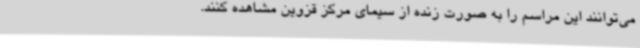
می‌توانند این مراسم را به صورت زنده از سیمای مرکز قزوین مشاهده کنند.